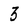
Character: 3